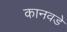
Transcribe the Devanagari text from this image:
कानवडे